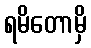
ရမိတောမှိ